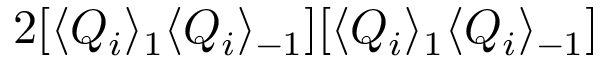
2 [ \langle Q _ { i } \rangle _ { 1 } \langle Q _ { i } \rangle _ { - 1 } ] [ \langle Q _ { i } \rangle _ { 1 } \langle Q _ { i } \rangle _ { - 1 } ]